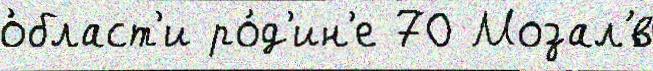
о́бласт'и ро́д'ин'е 70 Мозал'́в